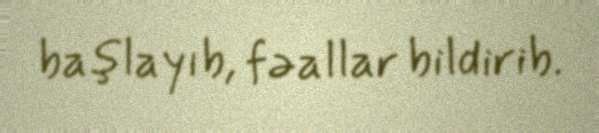
başlayıb, fəallar bildirib.